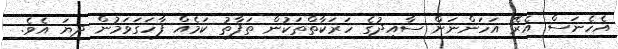
އެހެނަސް އެރޭ އަހަންނަށް ސާއިދުގެ ހަރަކާތްތަކުން ތަފާތު ކަމެއް ފާހަގަވަމުން ދިޔަ އެވެ.